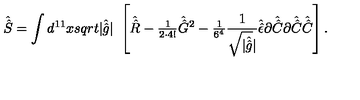
\hat { \hat { S } } = \int d ^ { 1 1 } x s q r t { | \hat { \hat { g } } | } \ \left[ \hat { \hat { R } } - { \textstyle \frac { 1 } { 2 \cdot 4 ! } } \hat { \hat { G } } { } ^ { 2 } - { \textstyle \frac { 1 } { 6 ^ { 4 } } } \frac { 1 } { \sqrt { | \hat { \hat { g } } } | } \hat { \hat { \epsilon } } \partial \hat { \hat { C } } \partial \hat { \hat { C } } \hat { \hat { C } } \right] .